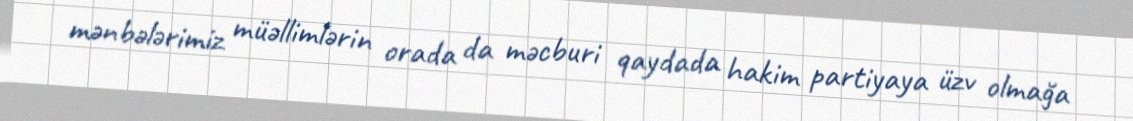
mənbələrimiz müəllimlərin orada da məcburi qaydada hakim partiyaya üzv olmağa